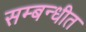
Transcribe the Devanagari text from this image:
सम्‍बन्‍धीत